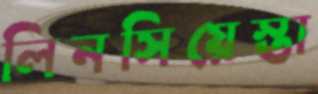
লিনসিয়েস্তা